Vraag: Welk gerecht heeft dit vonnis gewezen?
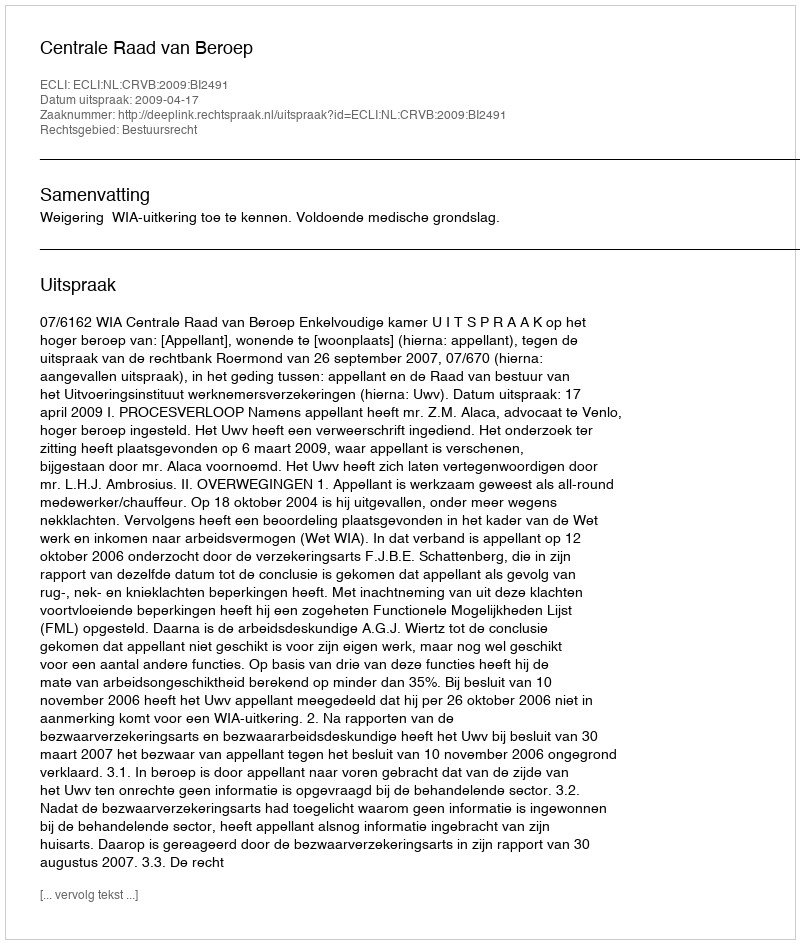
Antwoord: Centrale Raad van Beroep